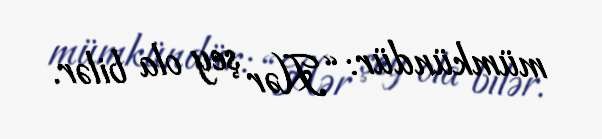
mümkündür: “Hər şey ola bilər.